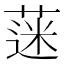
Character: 蒾